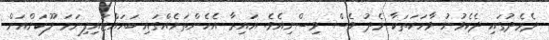
ދެމެދުގައި ދެކެވުނު ވާހަކަތަކާ މެދު ވެސް ވިސްނިއެވެ. އައިރާ އެހެންތަނެއްގައި ބަހައްޓައިފިނަމަ ލޫކަންއަށް